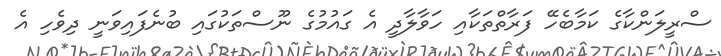
ސްރީލަންކާގެ ކަމާބެހޭ ފަރާތްތަކާއި ހަވާލާދީ އެ ގައުމުގެ ނޫސްތަކުގައި ބުނެފައިވަނީ ދިވެހި އެ